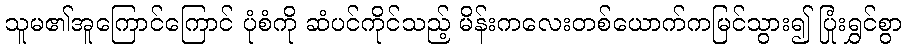
သူမ၏အူကြောင်ကြောင် ပုံစံကို ဆံပင်ကိုင်သည့် မိန်းကလေးတစ်ယောက်ကမြင်သွား၍ ပြုံးရွှင်စွာ